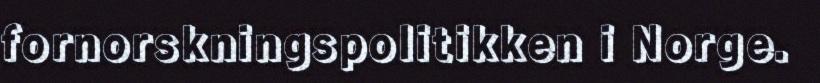
fornorskningspolitikken i Norge.